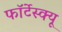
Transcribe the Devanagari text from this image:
फॉर्टेस्क्यू